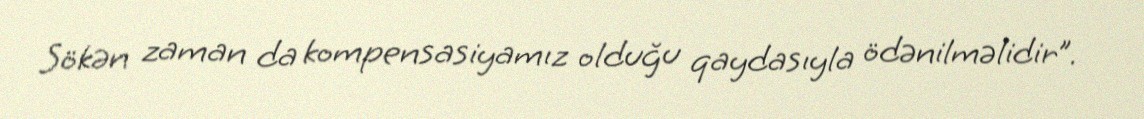
Sökən zaman da kompensasiyamız olduğu qaydasıyla ödənilməlidir”.